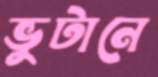
ভুটানে